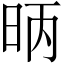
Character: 昞